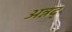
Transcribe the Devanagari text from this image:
अन्नद्